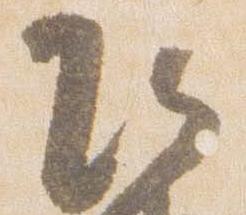
頭